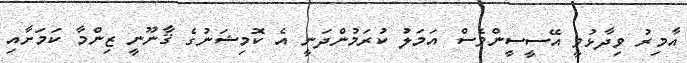
އާމިރު ވިދާޅުވީ އޭސީސީންވެސް އަމަލު ކުރަމުންދަނީ އެ ކޮމިޝަނުގެ ޤާނޫނީ ޒިންމާ ކަމަށާއި